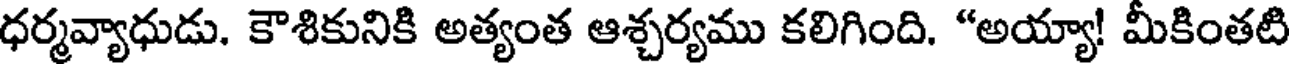
ధర్మవ్యాధుడు. కౌశికునికి అత్యంత ఆశ్చర్యము కలిగింది. "అయ్యా! మీకింతటి